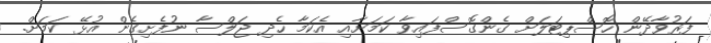
ފަރުވާދޭން ހޮސްޕިޓަލަށް ގެންގޮސްފައިވާ ކަމަށާއި އެކަމާ ހެދި ޖަލްސާ ނުފެށިގެން އުޅޭ ކަމަށް.